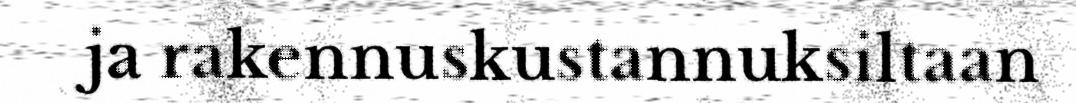
ja rakennuskustannuksiltaan